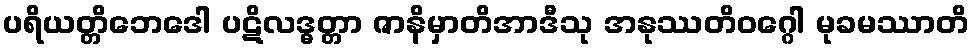
ပရိယတ္တိဘေဒေါ ပဋိလဒ္ဓတ္တာ ဇာနိမှာတိအာဒီသု အနုဿတိဝဂ္ဂေါ မုခမဿာတိ